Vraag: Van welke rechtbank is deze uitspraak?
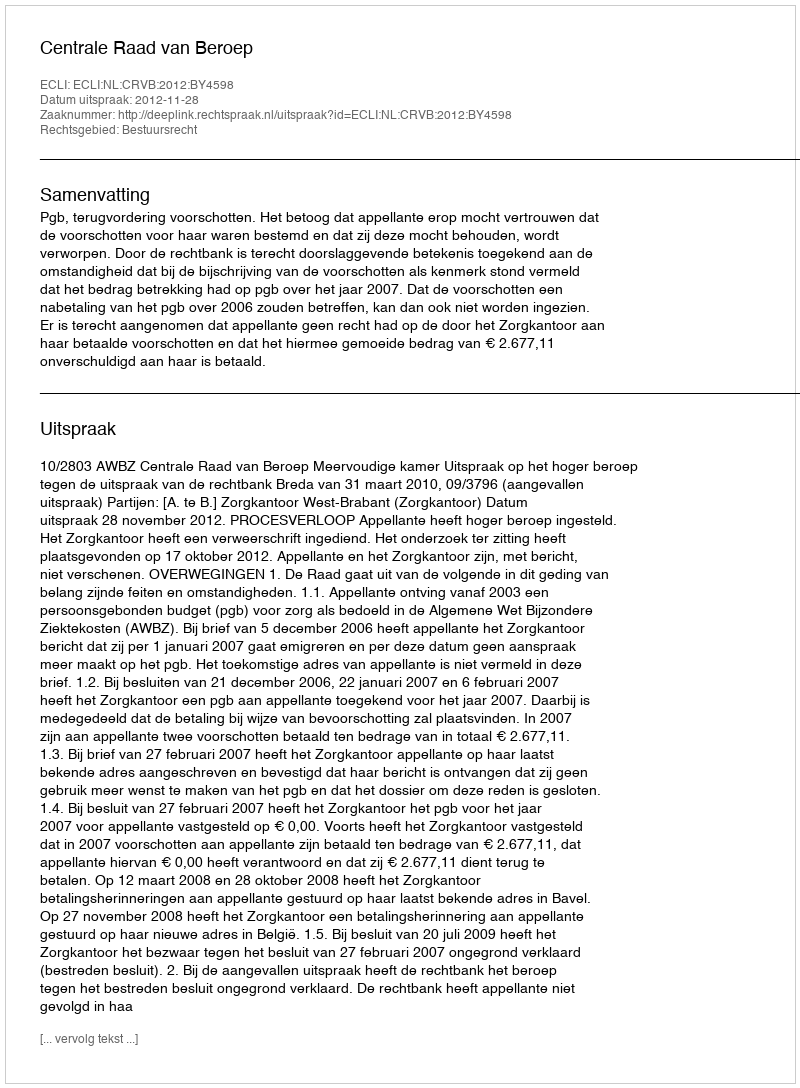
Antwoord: Centrale Raad van Beroep